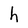
Character: h